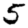
Digit: 5